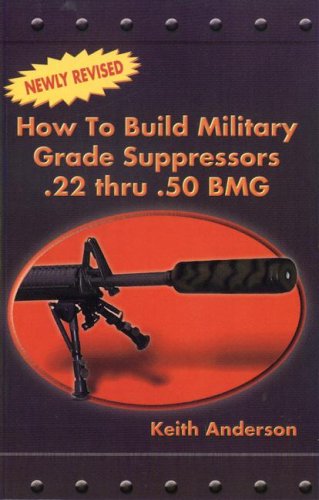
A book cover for How to Build Military Grade Suppressors; Keith Anderson; Engineering & Transportation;